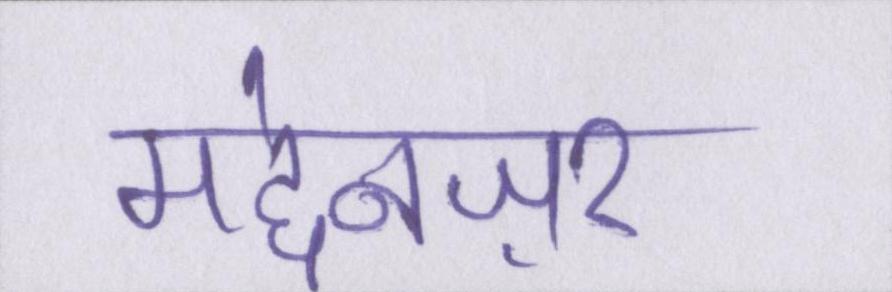
मद्देनज़र